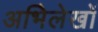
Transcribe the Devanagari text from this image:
अभिेलेखों